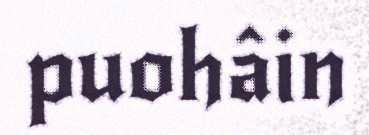
puohâin